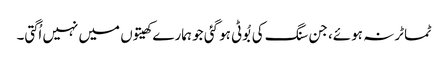
ٹماٹر نہ ہوئے، جن سنگ کی بُوٹی ہو گئی جو ہمارے کھیتوں میں نہیں اُگتی۔